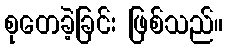
စုတေခဲ့ခြင်း ဖြစ်သည်။